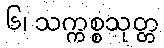
၆၊ သက္ကစ္စသုတ္တ